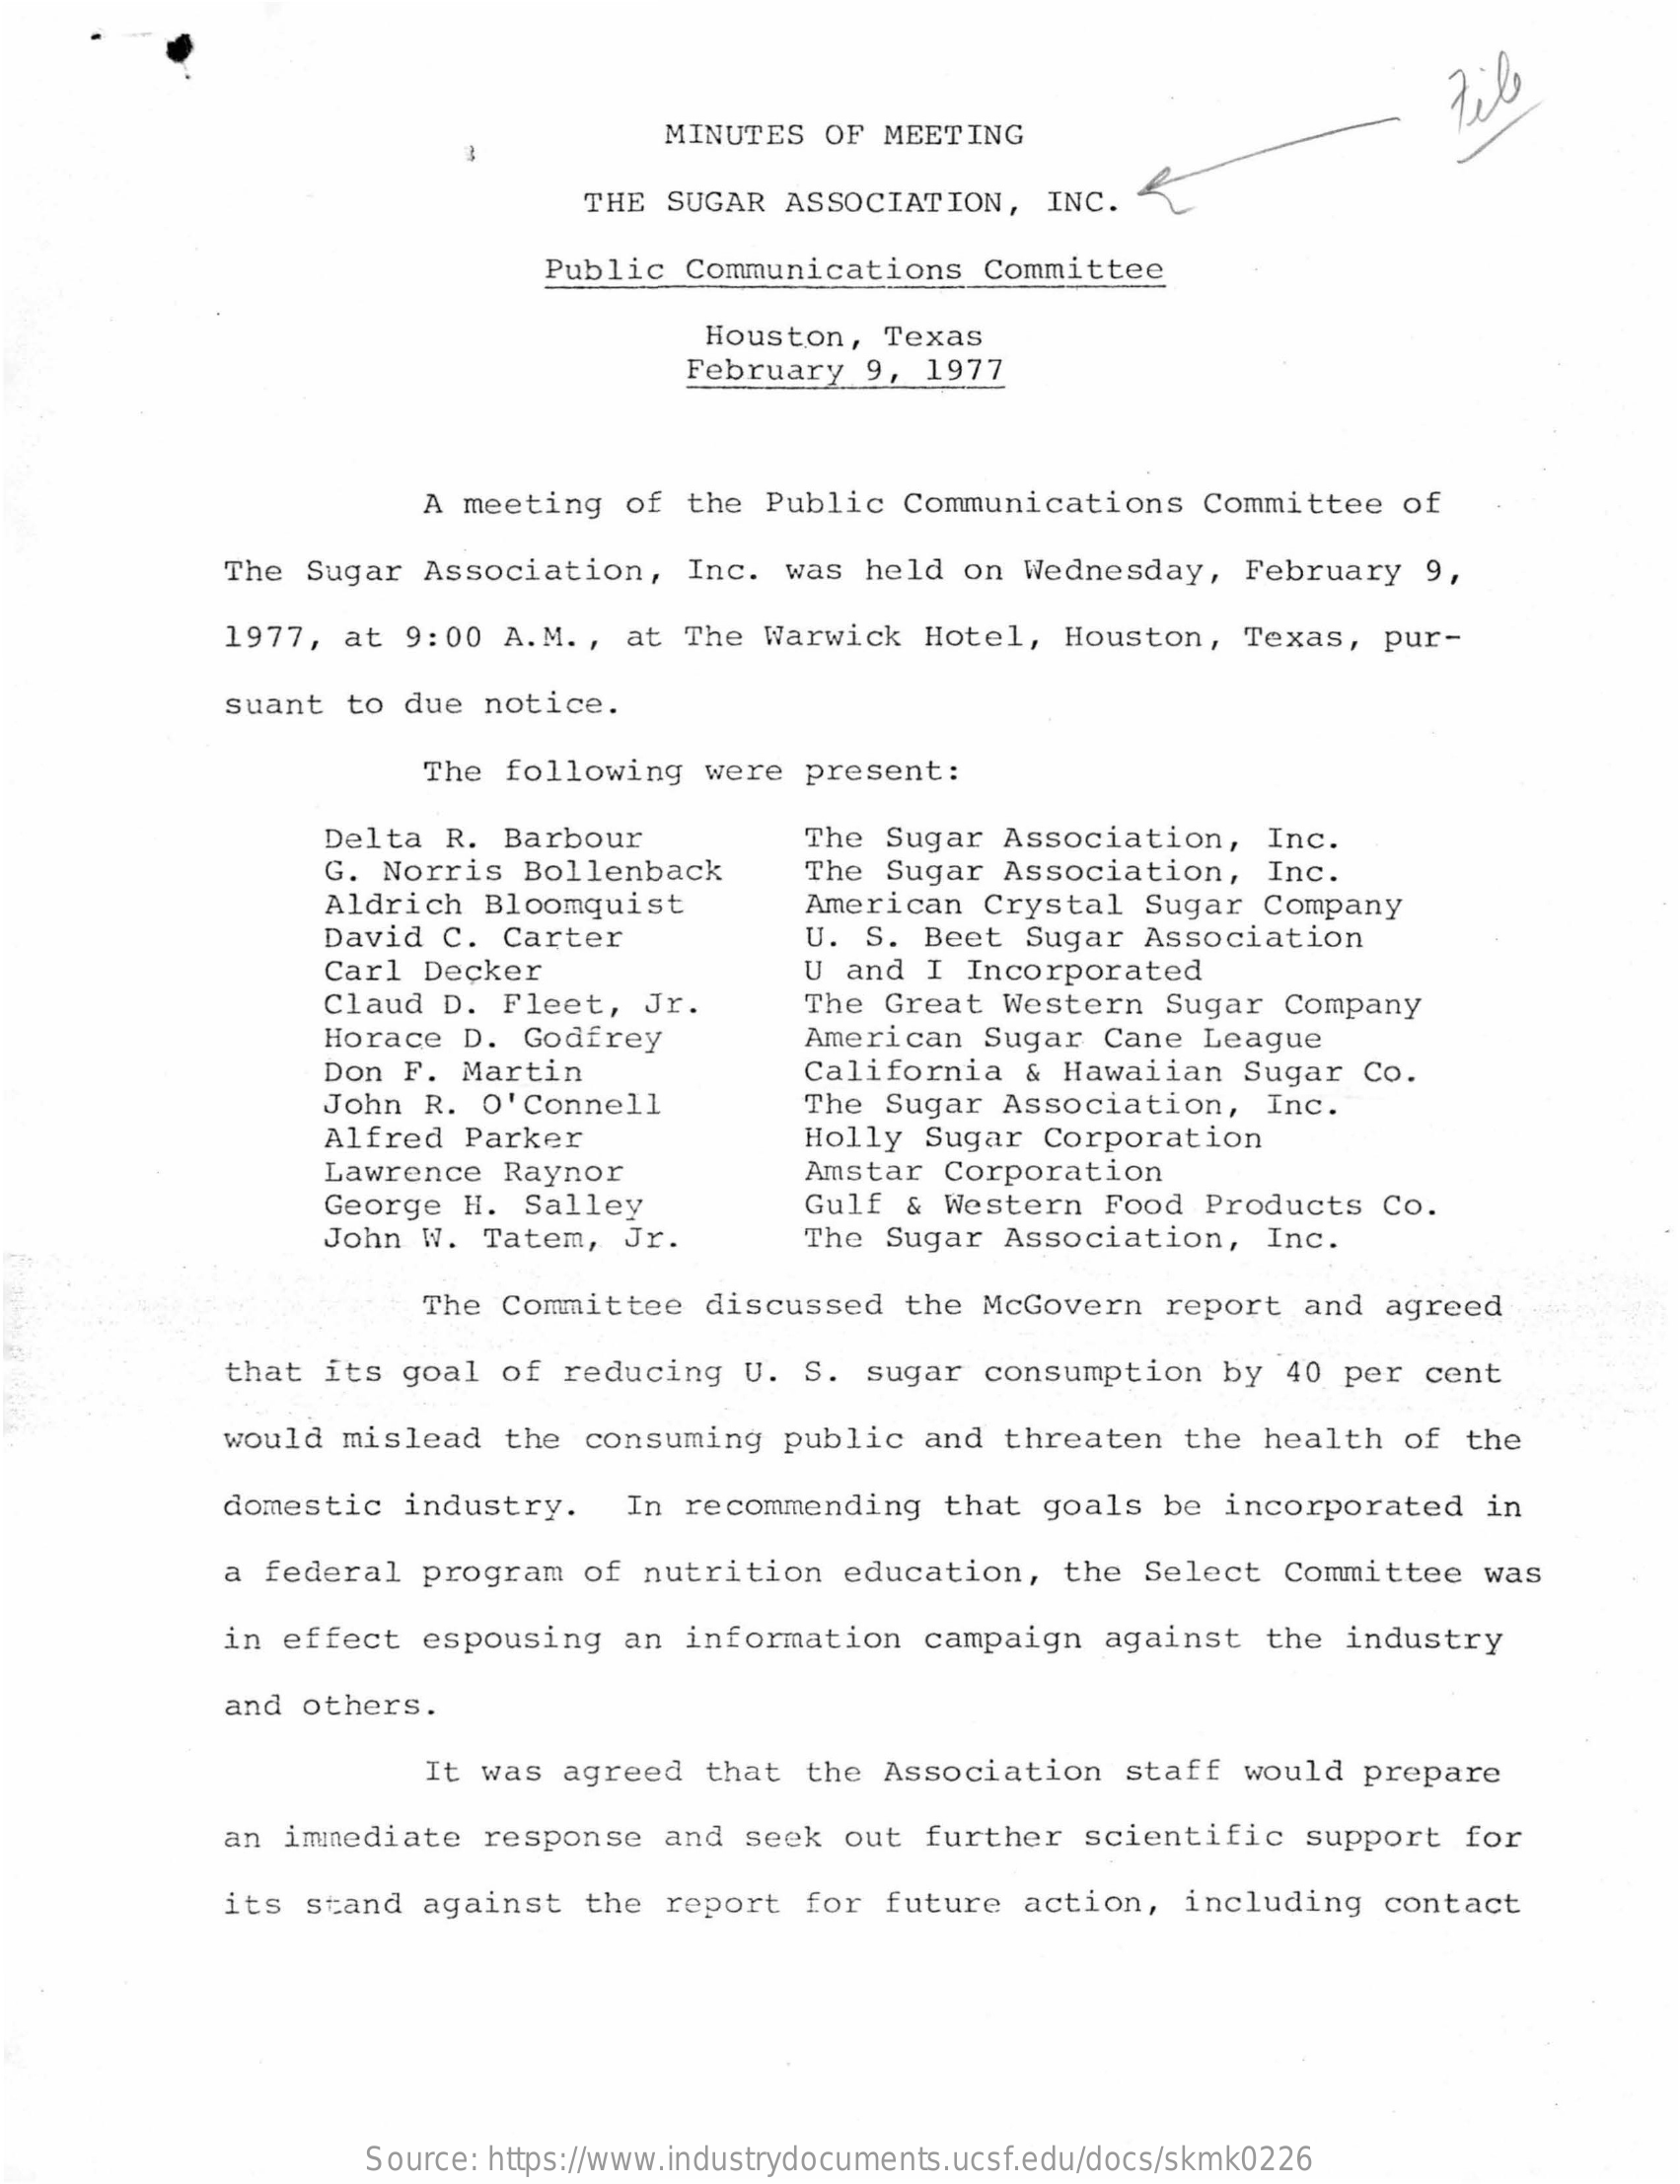
til
     MINUTES  OF  MEETING
     THE SUGAR   ASSOCIATION,    INC.
     Public   Communications    Committee
     Houston,   Texas
     February   9,  1977
     A meeting   of  the  Public  Communications    Committee   of
     The  Sugar  Association,    Inc.  was  held  on  Wednesday,   February    9,
     1977,  at  9:00  A.M .,  at  The  Warwick  Hotel,   Houston,    Texas,  pur-
     suant   to due  notice.
     The following    were  present:
     Delta  R. Barbour
     G. Norris   Bollenback
     The Sugar  Association,    Inc.
     Aldrich  Bloomquist
     The Sugar  Association,    Inc.
     American  Crystal   Sugar   Company
     David C.  Carter    U.  S. Beet   Sugar  Association
     Carl Decker    U and  I Incorporated
     Claud  D.  Fleet,   Jr.
     Horace   D.  Godfrey
     The  Great  Western    Sugar  Company
     American  Sugar   Cane  League
     Don  F.  Martin    California   & Hawaiian   Sugar   Co.
     John  R.  O'Connell    The Sugar  Association,    Inc.
     Alfred   Parker    Holly   Sugar  Corporation
     Lawrence   Raynor    Amstar  Corporation
     George  H.  Salley    Gulf &  Western   Food  Products   Co.
     John  W.  Tatem,   Jr.    The  Sugar  Association,    Inc.
     The Committee    discussed    the McGovern    report  and  agreed
     that  its  goal  of  reducing   U.  S.  sugar  consumption    by  40  per  cent
     would  mislead   the  consuming    public   and  threaten   the  health   of  the
     domestic   industry.    In  recommending    that  goals   be incorporated    in
     a  federal  program   of  nutrition    education,   the  Select   Committee    was
     in  effect  espousing    an  information   campaign    against   the  industry
     and  others.
     It was  agreed   that  the  Association    staff  would   prepare
     an  immediate   response   and  seek   out  further   scientific   support   for
     its  stand  against   the  report   for  future   action,   including   contact
     Source: https://www.industrydocuments.ucsf.edu/docs/skmk0226